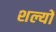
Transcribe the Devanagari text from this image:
शल्यों